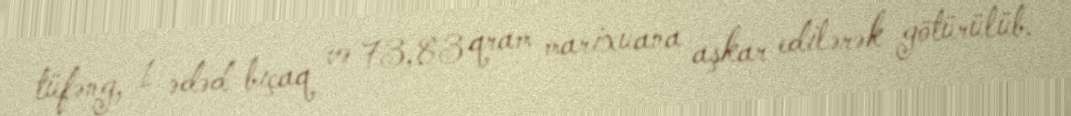
tüfəng, 1 ədəd bıçaq və 73,83 qram marixuana aşkar edilərək götürülüb.